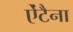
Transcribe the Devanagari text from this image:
ऐंटैना